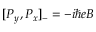
[ P _ { y } , P _ { x } ] _ { - } = - i \hbar e B